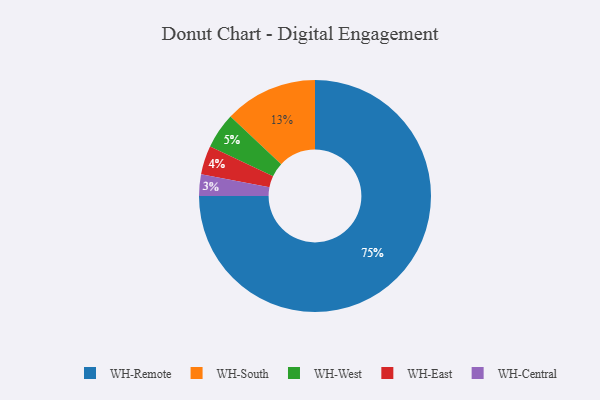
{"axis": {"x": "Category", "y": "Percentage"}, "legend": ["WH-Central", "WH-East", "WH-Remote", "WH-South", "WH-West"], "data": [{"x": "WH-East", "y": 4, "type": "WH-East"}, {"x": "WH-Remote", "y": 75, "type": "WH-Remote"}, {"x": "WH-Central", "y": 3, "type": "WH-Central"}, {"x": "WH-West", "y": 5, "type": "WH-West"}, {"x": "WH-South", "y": 13, "type": "WH-South"}]}